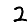
Digit: 2